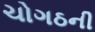
ચોગઠની